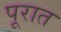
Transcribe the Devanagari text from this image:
पूरात